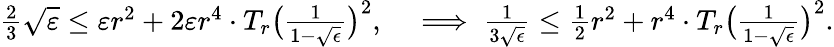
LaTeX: \begin{array}{r}{\frac{2}{3}\sqrt{\varepsilon}\leq\varepsilon r^{2}+2\varepsilon r^{4}\cdot T_{r}\big(\frac{1}{1-\sqrt{\epsilon}}\big)^{2},\quad\implies\frac{1}{3\sqrt{\epsilon}}\leq\frac{1}{2}r^{2}+r^{4}\cdot T_{r}\big(\frac{1}{1-\sqrt{\epsilon}}\big)^{2}.}\end{array}